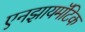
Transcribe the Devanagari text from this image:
एनझायमॅटिक